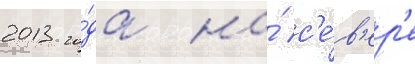
2013 го́да на́ с'е́в'ер'е